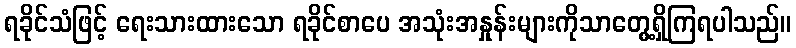
ရခိုင်သံဖြင့် ရေးသားထားသော ရခိုင်စာပေ အသုံးအနှုန်းများကိုသာတွေ့ရှိကြရပါသည်။